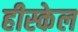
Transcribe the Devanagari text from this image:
हीस्केल